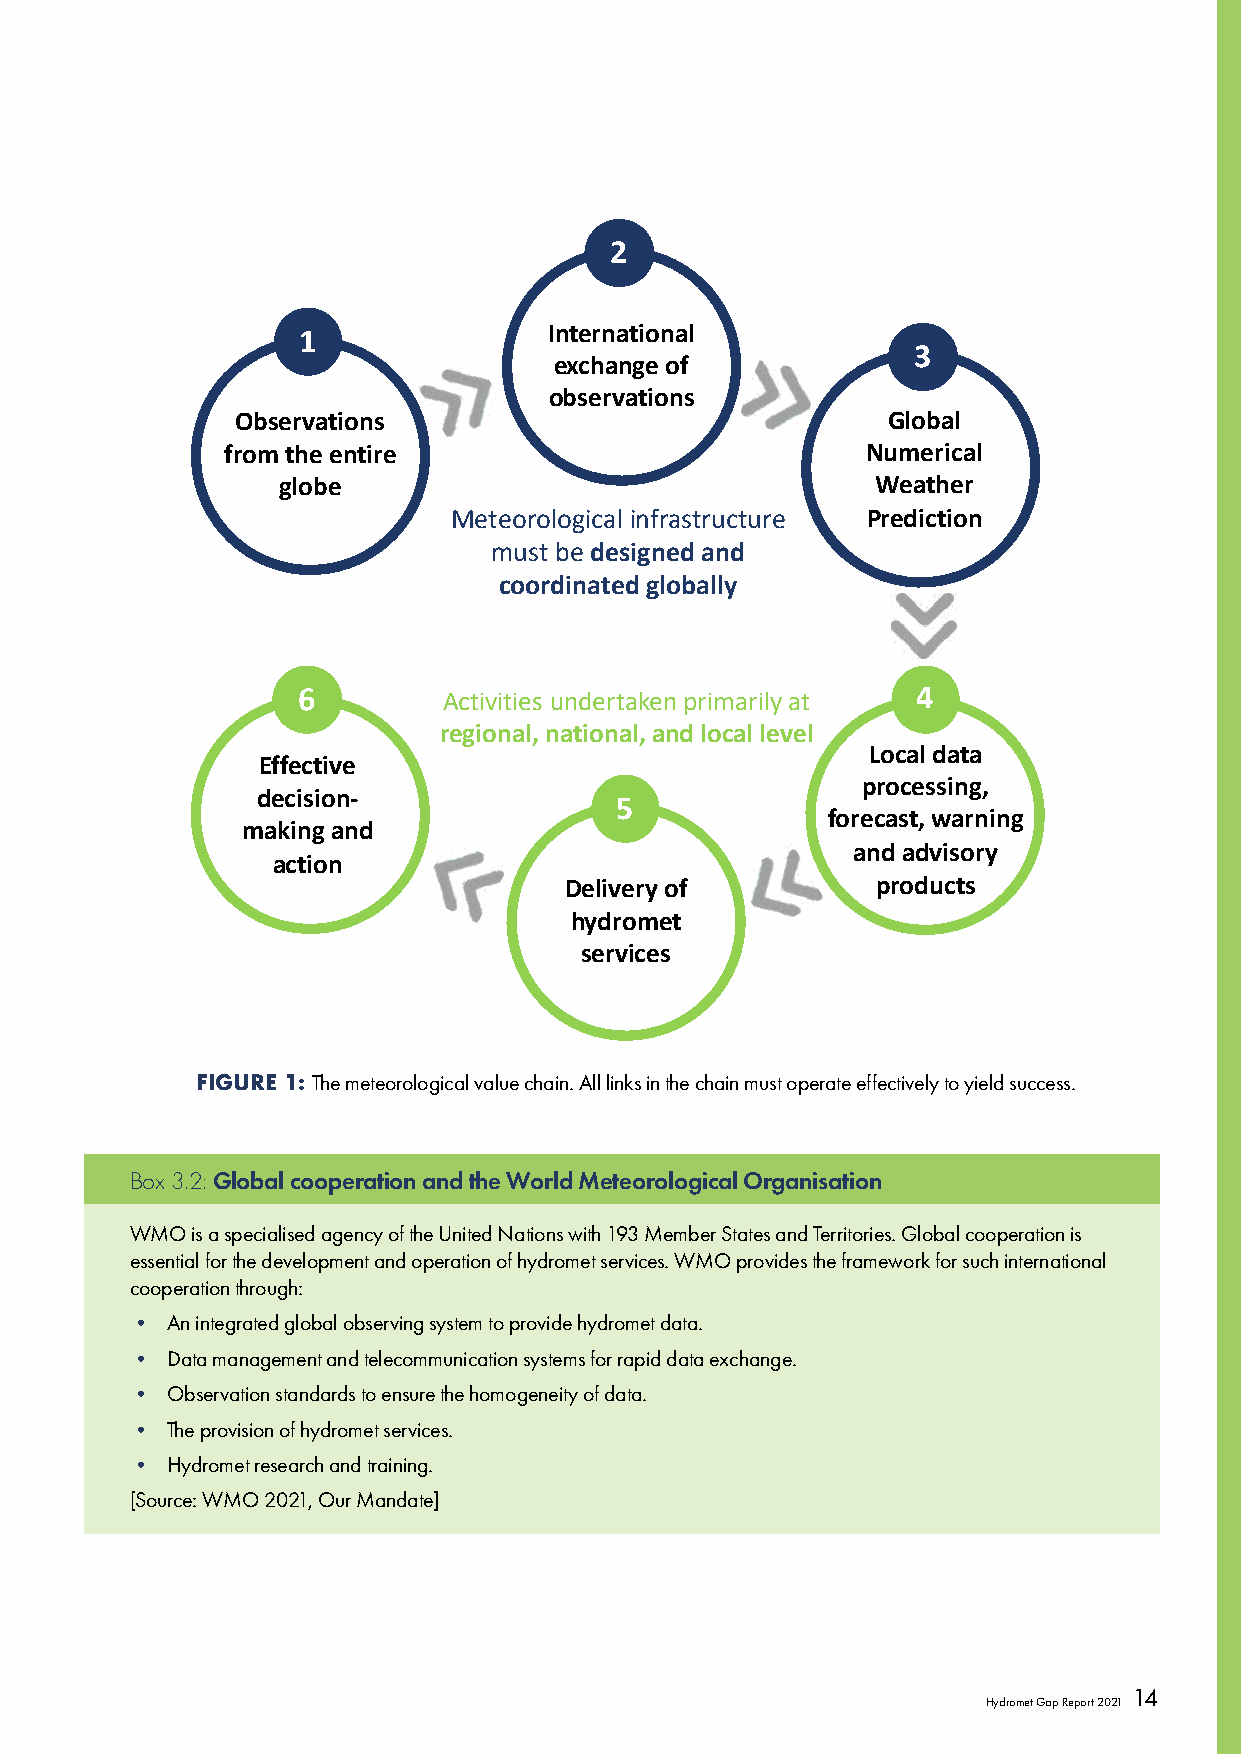
2
 1               International
 3
 exchange of
 observations
 Observations                               Global
 from the entire                           Numerical
 globe                                   Weather
 HMyreotmeoetr oinlofrgaisctarlu icntfurarest mruucsttu bree Prediction
 demsigunste db ea ndde sciogonreddin aantded
 coordignlaotbeadll yglobally
 6        Activities undertaken primarily at 4
 regional, national, and local level
 Local data
 Effective
 processing,
 decision-
 5
 forecast, warning
 making and
 and advisory
 action
 Delivery of          products
 hydromet
 services
 FIGURE 1: The meteorological value chain. All links in the chain must operate effectively to yield success.
 Box 3.2: Global cooperation and the World Meteorological Organisation
 WMO is a specialised agency of the United Nations with 193 Member States and Territories. Global cooperation is
 essential for the development and operation of hydromet services. WMO provides the framework for such international
 cooperation through:
 • An integrated global observing system to provide hydromet data.
 • Data management and telecommunication systems for rapid data exchange.
 • Observation standards to ensure the homogeneity of data.
 • The provision of hydromet services.
 • Hydromet research and training.
 [Source: WMO 2021, Our Mandate]
 14
 Hydromet Gap Report 2021